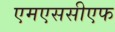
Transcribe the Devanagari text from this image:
एमएससीएफ